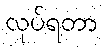
လုပ်ရတာ